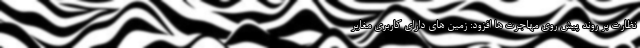
نظارت بر روند پیش روی مهاجرت ها افزود: زمین های دارای کاربری مغایر